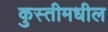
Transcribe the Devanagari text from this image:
कुस्तीमधील